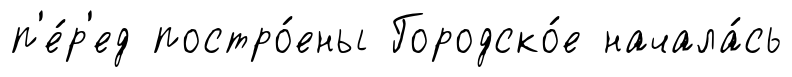
п'е́р'ед постро́ены Городско́е начала́сь